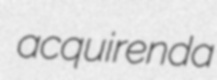
acquirenda